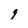
Character: g